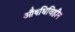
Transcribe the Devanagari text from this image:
औषधिविहीन